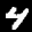
Label: 4